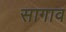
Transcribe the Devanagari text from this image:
सागाव